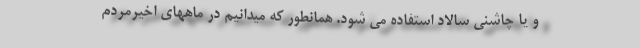
و یا چاشنی سالاد استفاده می شود. همانطور که میدانیم در ماههای اخیرمردم